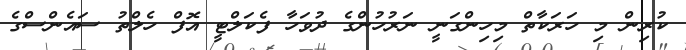
ކުރިން މި ހަރަކާތް މިހިންގަނީ ނަރުހުންގެ ދުވަހާ ފެކަލްޓީ އޮފް ހެލްތު ސައެންސްގެ